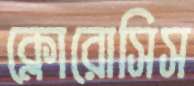
ক্লোরোসিস